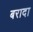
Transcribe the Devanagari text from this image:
बरादा